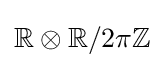
\mathbb {R} \otimes \mathbb {R} /2\pi \mathbb {Z}